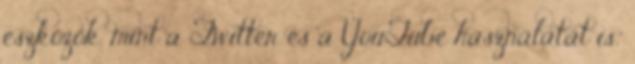
eszközök, mint a Twitter és a YouTube használatát is.”